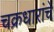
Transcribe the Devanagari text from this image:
चक्रधारांचे